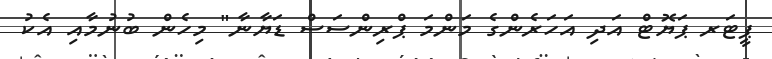
ޕީޓަރ ޕަޔޮޓް އަދި އަހަރެންގެ މަންމަ ޕްރިންސަސް ޑަޔާނާ" މިހެން ބުނުމާއި އެކު